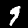
Digit: 9